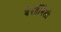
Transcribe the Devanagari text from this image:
बेरर्डीनेली